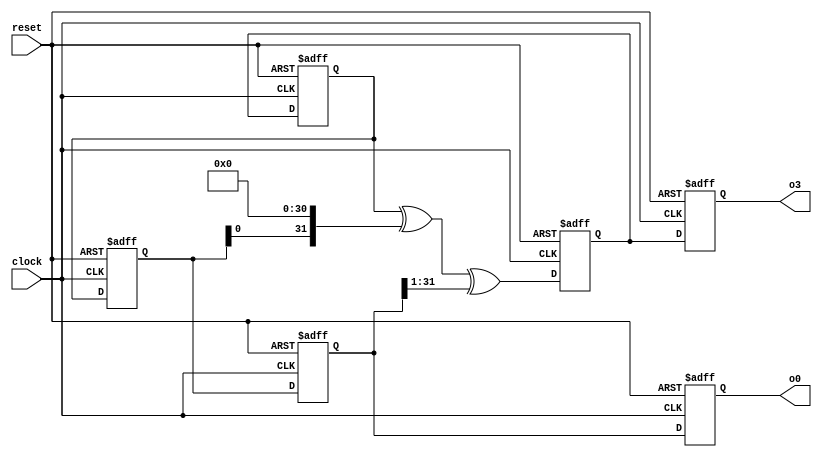
`timescale 1ns/10ps

module lsfr (
    o0,
    o3,
    clock,
    reset
);


output [31:0] o0;
reg [31:0] o0;
output [31:0] o3;
reg [31:0] o3;
input clock;
input reset;

reg [31:0] z3;
reg [31:0] z2;
reg [31:0] z1;
reg [31:0] z0;



always @(posedge clock, negedge reset) begin: LSFR_WORK
    if (reset == 0) begin
        z0 <= 364;
        o0 <= 0;
        o3 <= 0;
        z2 <= 2;
        z3 <= 3;
        z1 <= 1;
    end
    else begin
        z0 <= z1;
        z1 <= z2;
        z2 <= z3;
        z3 <= ((z2 ^ (z1 << 31)) ^ (z0 >>> 1));
        o0 <= z0;
        o3 <= z3;
    end
end

endmodule